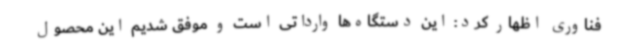
فناوری اظهار کرد: این دستگاه‌ها وارداتی است و موفق شدیم این محصول